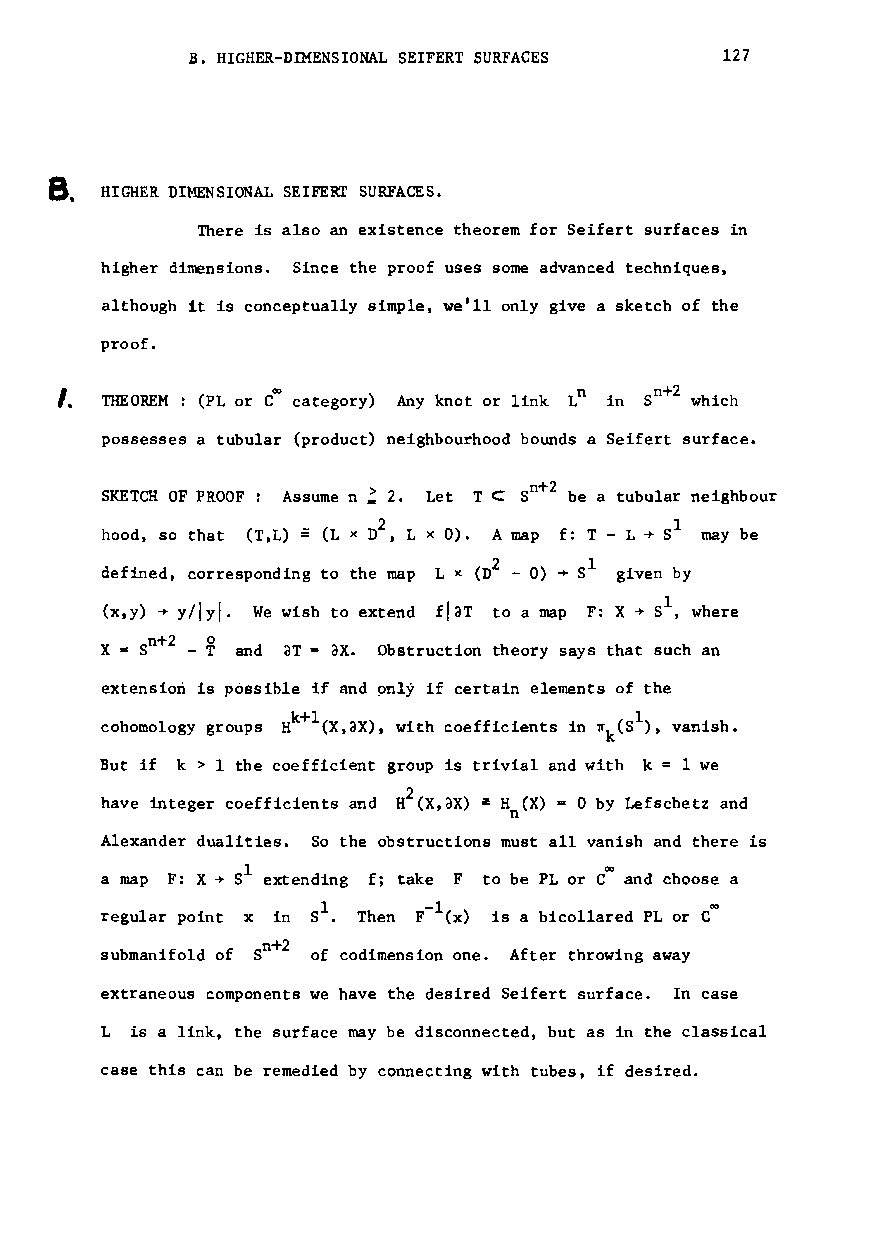
B. HIGHER-DIMENSIONAL SEIFERT SURFACES 127
 B.
 HIGHER DIMENSIONAL SEIFERT SURFACES.
 There is also an existence theorem for Seifert surfaces in
 higher dimensions. Since the proof uses some advanced techniques,
 although it is conceptually simple, we'll only give a sketch of the
 proof.
 I.
 THEOREM: (PL or COO category) Any knot or link Ln in
 5n+2
 which
 possesses a tubular (product) neighbourhood bounds a Seifert surface.
 ~
 SKETCH OF PROOF: Assume n 2. Let T C Sn+2 be a tubular neighbour
 hood, so that (T,L)
 =
 (L x
 n2
 , L x 0). Amap f: T - L
 ~
 Sl may be
 2   ~
 defined, corresponding to the map L x (D - 0) S1 given by
 (x,y) ~ Y/lyl. We wish to extend fiaT to a map F: X ~ Sl, where
 X =Sn+2 - ¥ and aT = ax. Obstruction theory says that such an
 extension is possible if and 9n1y if certain elements of the
 cohomology groups
 H~1(X,aX),
 with coefficients in
 nk(S1
 ), vanish.
 But if k > 1 the coefficient group is trivial and with k = 1 we
 have integer coefficients and H2 (X,ax) a Hn(X) = 0 by Lefschetz and
 Alexander dualities. So the obstructions must all vanish and there is
 a map F: X~ 51 extending f; take F to be PL or COO and choose a
 regular point x in 51. Then F-l(x) is a bico1lared PL or C~
 submanifo1d of Sn+2 of codimension one. After throwing away
 extraneous components we have the desired Seifert surface. In case
 L is a link, the surface may be disconnected, but as in the classical
 case this can be remedied by connecting with tubes, if desired.